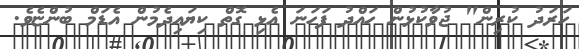
ހަރަދު ކުރިން" ޖުވާކުޅުން ހައްދު ފަހަނަ އެޅި ގޮތް ކިޔައިދެމުން އެޑަމް ބުންޏެވެ.